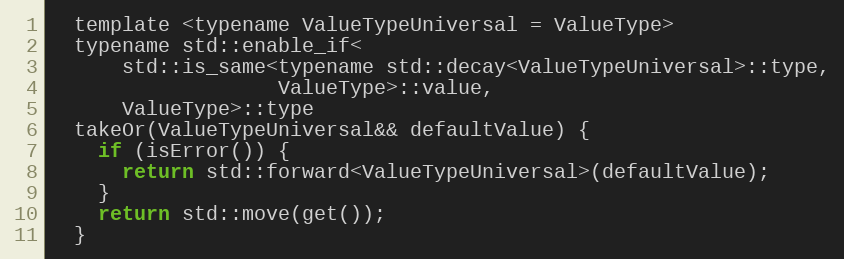
Language: C
  template <typename ValueTypeUniversal = ValueType>
  typename std::enable_if<
      std::is_same<typename std::decay<ValueTypeUniversal>::type,
                   ValueType>::value,
      ValueType>::type
  takeOr(ValueTypeUniversal&& defaultValue) {
    if (isError()) {
      return std::forward<ValueTypeUniversal>(defaultValue);
    }
    return std::move(get());
  }